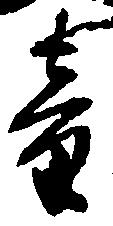
章